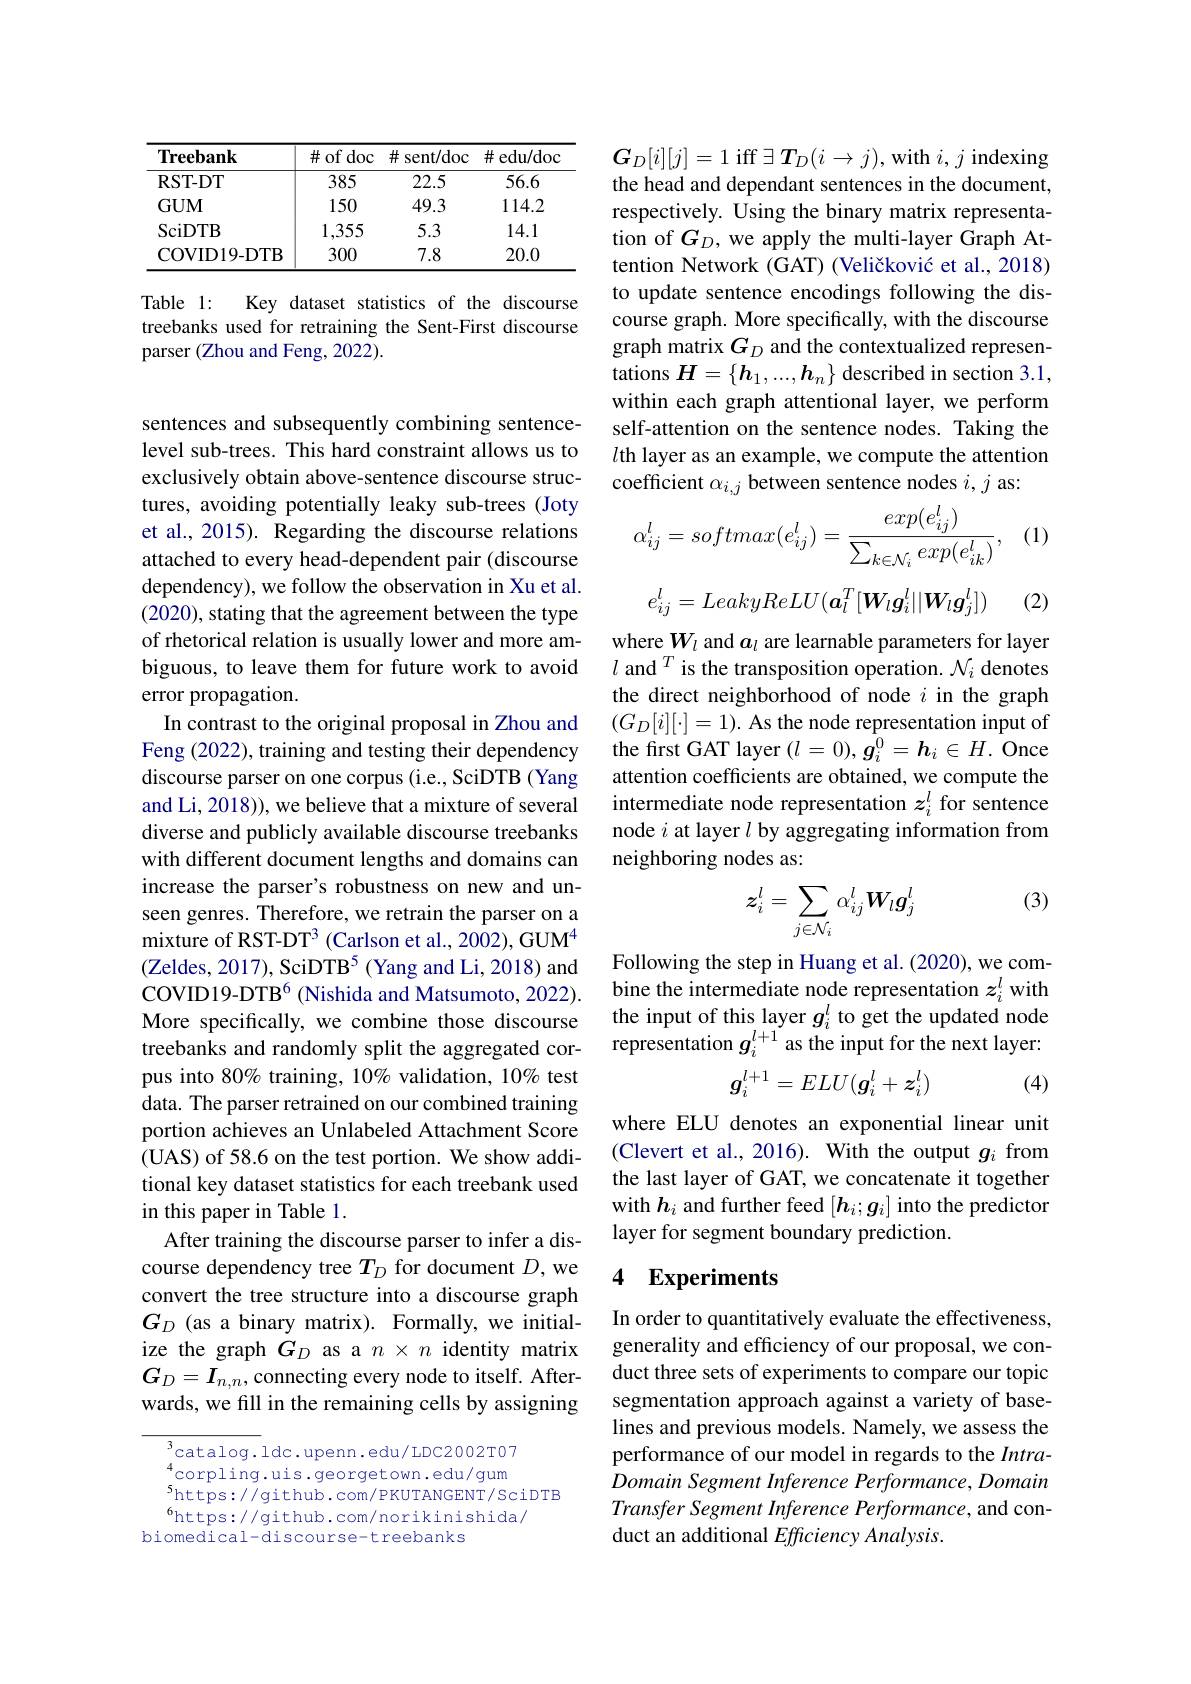
<table>
	<tbody>
		<tr>
			<th>$\mathbf{Treebank}$</th>
			<th>$\#$of doc</th>
			<th>$\#$ sent/doc</th>
			<th>$\#$edu/doc</th>
		</tr>
		<tr>
			<td>RST-DT</td>
			<td>385</td>
			<td>22.5</td>
			<td>56.6</td>
		</tr>
		<tr>
			<td>$GUM$</td>
			<td>150</td>
			<td>49.3</td>
			<td>114.2</td>
		</tr>
		<tr>
			<td>SciDTB</td>
			<td>1,355</td>
			<td>5.3</td>
			<td>14.1</td>
		</tr>
		<tr>
			<td>COVID19- DTB</td>
			<td>300</td>
			<td>7.8</td>
			<td>20.0</td>
		</tr>
	</tbody>
</table>

Table 1:
Key dataset statistics of the discourse
treebanks used for retraining the Sent-First discourse
parser (Zhou and Feng, 2022).

sentences and subsequently combining sentencelevel sub-trees. This hard constraint allows us to exclusively obtain above-sentence discourse structures, avoiding potentially leaky sub-trees (Joty et al., 2015). Regarding the discourse relations attached to every head-dependent pair (discourse dependency), we follow the observation in Xu et al. (2020), stating that the agreement between the type of rhetorical relation is usually lower and more ambiguous, to leave them for future work to avoid error propagation.
In contrast to the original proposal in Zhou and Feng (2022), training and testing their dependency discourse parser on one corpus (i.e., SciDTB (Yang and Li, 2018)), we believe that a mixture of several diverse and publicly available discourse treebanks with different document lengths and domains can increase the parser's robustness on new and unseen genres. Therefore, we retrain the parser on a mixture of RST-DT3 (Carlson et al., 2002), GUM$^{4}$ (Zeldes, 2017), SciDTB$^{5}$ (Yang and Li, 2018) and COVID19-DTB$^{6}$ (Nishida and Matsumoto, 2022). More specifically, we combine those discourse treebanks and randomly split the aggregated corpus into 80% training, 10% validation, 10% test data. The parser retrained on our combined training portion achieves an Unlabeled Attachment Score (UAS) of 58.6 on the test portion. We show additional key dataset statistics for each treebank used in this paper in Table 1.
After training the discourse parser to infer a discourse dependency tree $T_D$ for document $D$, we convert the tree structure into a discourse graph $G_D$ (as a binary matrix). Formally, we initialize the graph $G_D$ as a $n\times n$ identity matrix $G_D=I_{n,n}$,connecting every node to itself. Afterwards, we fill in the remaining cells by assigning

$^{3}$catalog.ldc.upenn.edu/LDC2002T07 $_{s}^{4}$corpling.uis.georgetown.edu/gum $^{5}$https://github.com/PKUTANGENT/SciDTB
$^{6}$https://github.com/norikinishida/
biomedical-discourse-treebanks

$G_D[i][j]=1$ iff $\exists\boldsymbol{T}_D(i\to j)$, with $i,j$ indexing the head and dependant sentences in the document, respectively. Using the binary matrix representation of $G_D$, we apply the multi-layer Graph Attention Network (GAT) (Veličković et al., 2018) to update sentence encodings following the discourse graph. More specifically, with the discourse graph matrix $G_D$ and the contextualized representations $\boldsymbol H=\{\boldsymbol h_1,...,\boldsymbol h_n\}$ described in section 3.1, within each graph attentional layer, we perform self-attention on the sentence nodes. Taking the lth layer as an example, we compute the attention coefficient $\alpha_{i,j}$ between sentence nodes $i,j$ as

(1)
$$\alpha_{ij}^l=softmax(e_{ij}^l)=\frac{exp(e_{ij}^l)}{\sum_{k\in\mathcal{N}_i}exp(e_{ik}^l)},$$
$$e_{ij}^l=LeakyReLU(a_l^T[W_lg_i^l||W_lg_j^l])$$
(2)

$\begin{array}{l}\mathrm{where~}W_l\mathrm{~and~}a_l\mathrm{~are~learnable~parameters~for~layer}\\l\mathrm{~and~}^T\mathrm{~is~the~transposition~operation.~}\mathcal{N}_i\mathrm{~denotes}\end{array}$ the direct neighborhood of node $i$ in the graph $(G_D[i][\cdot]=1).$ As the node representation input of the first GAT layer $(l=0),\bar{\boldsymbol{g}}_i^0=\boldsymbol{h}_i\in H.$ Once attention coefficients are obtained, we compute the intermediate node representation $z_i^l$ for sentence node $i$ at layer $l$ by aggregating information from neighboring nodes as:

(3)
$$\boldsymbol{z}_i^l=\sum_{j\in\mathcal{N}_i}\alpha_{ij}^l\boldsymbol{W}_l\boldsymbol{g}_j^l$$
Following the step in Huang et al. (2020), we combine the intermediate node representation $z_i^l$ with the input of this layer $g_i^l$ to get the updated node representation $g_i^{l+1}$ as the input for the next layer:
$$g_i^{l+1}=ELU(g_i^l+z_i^l)$$
(4)

where ELU denotes an exponential linear unit (Clevert et al., 2016). With the output $g_i$ from the last layer of GAT, we concatenate it together with $h_i$ and further feed $[h_i;g_i]$ into the predictor layer for segment boundary prediction.

### 4 Experiments

In order to quantitatively evaluate the effectiveness, generality and efficiency of our proposal, we conduct three sets of experiments to compare our topic segmentation approach against a variety of baselines and previous models. Namely, we assess the performance of our model in regards to the IntraDomain Segment Inference Performance, Domain Transfer Segment Inference Performance, and conduct an additional Efficiency Analysis.